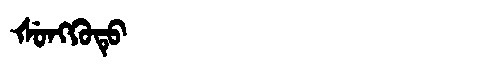
Manchu: ᡧᡠᠩᡴᡠᡨᡠ
Romanization: ŠUNGKUTU